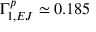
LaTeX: \Gamma _ { 1 , E J } ^ { p } \simeq 0 . 1 8 5